Statistics compiled by the Government of India from the reports of provincial Civil Veterinary Departments
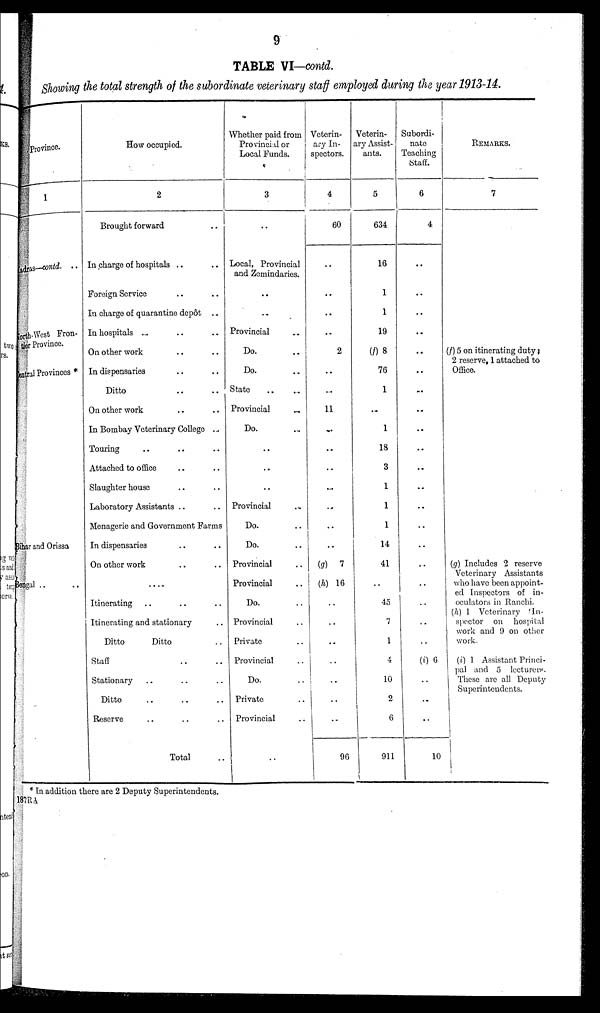
9
TABLE VI—contd.
Showing the total strength of the subordinate veterinary staff employed during the year 1913-14.
Province.
1
Madras—contd. ..
North-West Fron¬
ier Province.
Central Provinces *
Bihar and Orissa
Bengal .. ..
How occupied.
2
Brought forward ..
In charge of hospitals .. ..
Foreign Service .. ..
In charge of quarantine depôt ..
In hospitals .. ..
On other work .. ..
In dispensaries .. ..
Ditto .. ..
On other work .. ..
In Bombay Veterinary College ..
Touring .. .. ..
Attached to office .. ..
Slaughter house .. ..
Laboratory Assistants .. ..
Menagerie and Government Farms
In dispensaries .. ..
On other work .. ..
....
Itinerating .. .. ..
Itinerating and stationary ..
Ditto
Ditto ..
Staff .. ..
Stationary .. .. ..
Ditto .. .. ..
Reserve .. .. ..
Total ..
Whether paid from
Provincial or
Local Funds.
3
..
Local, Provincial
and Zemindaries.
..
..
Provincial ..
Do. ..
Do. ..
State .. ..
Provincial
...
Do.
..
..
..
Provincial ..
Do. ..
Do. ..
Provincial ..
Provincial ..
Do. ..
Provincial ..
Private ..
Provincial ..
Do. ..
Private ..
Provincial ..
..
Veterin-
ary In-
spectors.
4
60
..
..
..
..
2
..
...
11
..
..
..
...
..
..
..
(g) 7
(h) 16
..
..
..
..
..
..
..
96
Veterin-
ary Assist-
ants.
5
634
16
1
1
19
(f) 8
76
1
..
1
18
3
1
1
1
14
41
..
45
7
1
4
10
2
6
911
Subordi-
nate
Teaching
Staff.
6
4
..
..
..
..
..
..
..
..
..
..
..
..
..
..
..
..
..
..
..
..
(i) 6
..
..
..
10
REMARKS.
7
(f) 5 on itinerating duty;
2 reserve, 1 attached to
Office.
(g) Includes 2 reserve
Veterinary Assistants
who have been appoint-
ed Inspectors of in-
oculators in Ranchi-
(h) 1 Veterinary In-
spector on hospital
work and 9 on other
work.
(i) 1 Assistant Princi-
pal and 5 lecturers.
These are all Deputy
Superintendents.
* In addition there are 2 Deputy Superintendents.
17RA